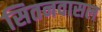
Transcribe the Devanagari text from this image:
सितनवासल